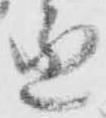
丞